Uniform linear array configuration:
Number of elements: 64
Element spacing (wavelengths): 0.25
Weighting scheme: exponential
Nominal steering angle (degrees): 15
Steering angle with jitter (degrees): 15.153
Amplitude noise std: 0.05
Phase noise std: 0.05

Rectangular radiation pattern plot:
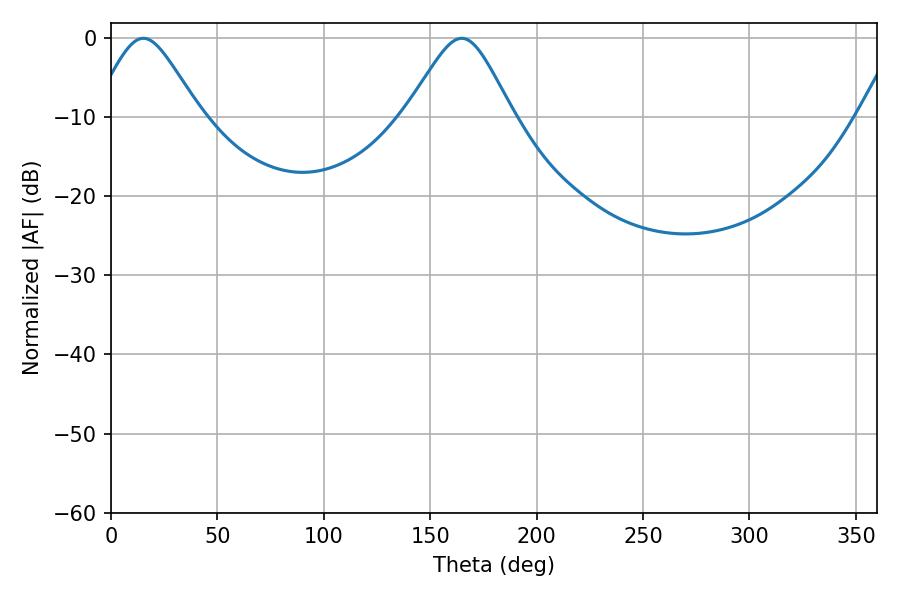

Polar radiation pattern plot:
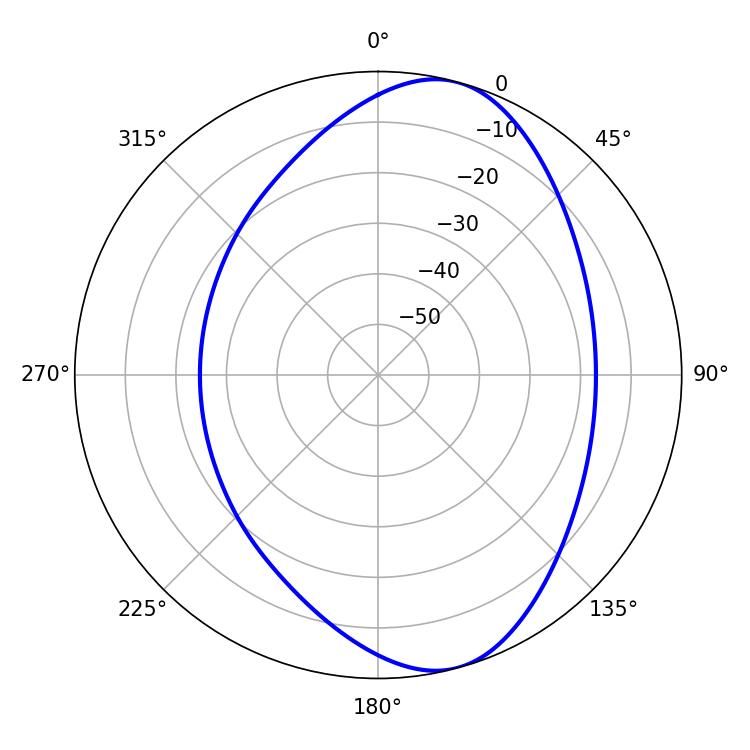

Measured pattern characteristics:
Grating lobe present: FALSE
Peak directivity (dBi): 8.326
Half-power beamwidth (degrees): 24.3
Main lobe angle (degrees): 15.12